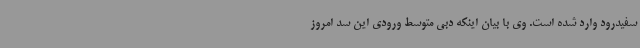
سفیدرود وارد شده است. وی با بیان اینکه دبی متوسط ورودی این سد امروز